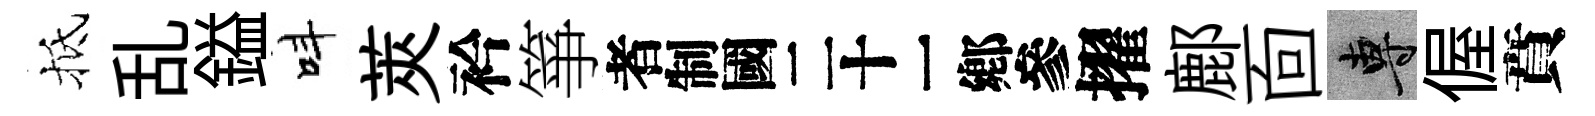
抵乱鎰呌莢衿箏识擢鄜靣專偓賁